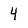
Character: 4